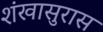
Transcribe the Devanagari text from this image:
शंखासुरास